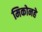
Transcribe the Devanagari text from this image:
मिकोनहे